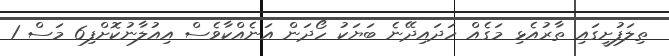
ތިލަފުށީގައި ތާރުއެޅި މަގެއް ހަދައިދޭނެ ބަޔަކު ހޯދަން އަނެއްކާވެސް އިއުލާނުކޮށްފި6 މަސް 1